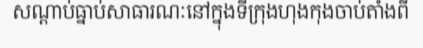
សណ្តាប់ធ្នាប់សាធារណៈនៅក្នុងទីក្រុងហុងកុងចាប់តាំងពី